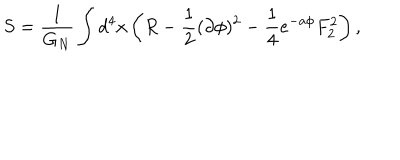
S = { \frac { 1 } { G _ { N } } } \int d ^ { 4 } x \left( R - { \frac { 1 } { 2 } } ( \partial \phi ) ^ { 2 } - { \frac { 1 } { 4 } } e ^ { - a \phi } F _ { 2 } ^ { 2 } \right) ,